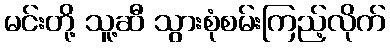
မင်းတို့ သူ့ဆီ သွားစုံစမ်းကြည့်လိုက်